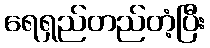
ရေရှည်တည်တံ့ပြီး